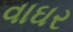
વાઘર